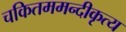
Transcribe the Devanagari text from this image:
चकितममन्दीकृत्य